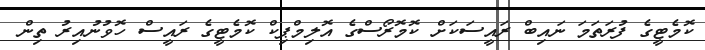
ކޮމެޓީގެ ފުރަތަމަ ނައިބް ރައީސަކަށް ކޮމޮރޯސްގެ އޮލިމްޕިކް ކޮމެޓީގެ ރައީސް ހޮވުނުއިރު ތިން